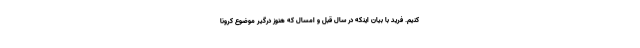
کنیم. فرید با بیان اینکه در سال قبل و امسال که هنوز درگیر موضوع کرونا